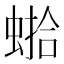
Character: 𱿰